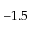
- 1 . 5